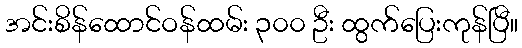
အင်းစိန်ထောင်ဝန်ထမ်း ၃၀၀ ဦး ထွက်ပြေးကုန်ပြီ။